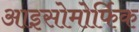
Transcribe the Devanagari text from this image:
आइसोमोर्फिक